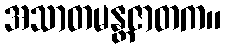
အသာတမန္တဇာတက။